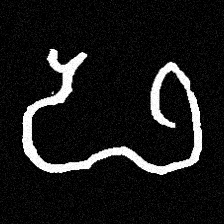
Pyu character \u2014 Myanmar letter: ဖ (romanized: pha)